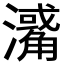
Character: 𤁭